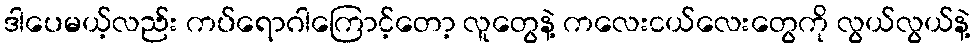
ဒါပေမယ့်လည်း ကပ်ရောဂါကြောင့်တော့ လူတွေနဲ့ ကလေးငယ်လေးတွေကို လွယ်လွယ်နဲ့